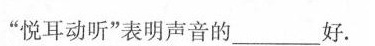
”悦耳动听”表明声音的___好。